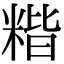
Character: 𥻄